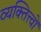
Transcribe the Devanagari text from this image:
व्यक्तित्त्वों